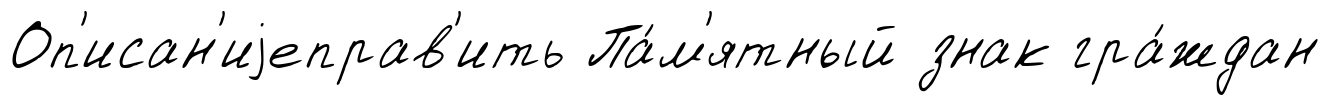
Оп'исан'иjеправ'ить Па́м'ятный знак гра́ждан